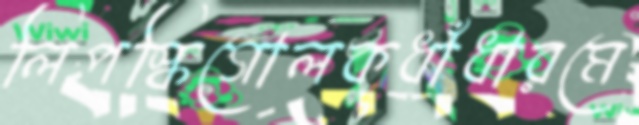
লিপস্কিগোলকধাঁধারমে